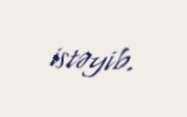
istəyib.